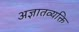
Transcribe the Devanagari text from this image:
अज्ञातव्यक्ति